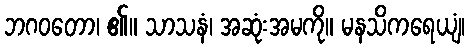
ဘဂဝတော၊ ၏။ သာသနံ၊ အဆုံးအမကို။ မနသိကရေယျံ၊